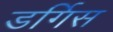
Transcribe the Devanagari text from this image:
डर्गिस